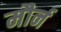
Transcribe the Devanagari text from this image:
मौर्न